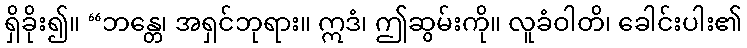
ရှိခိုး၍။ “ဘန္တေ၊ အရှင်ဘုရား။ ဣဒံ၊ ဤဆွမ်းကို။ လူခံဝါတိ၊ ခေါင်းပါး၏